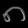
Digit: ၈